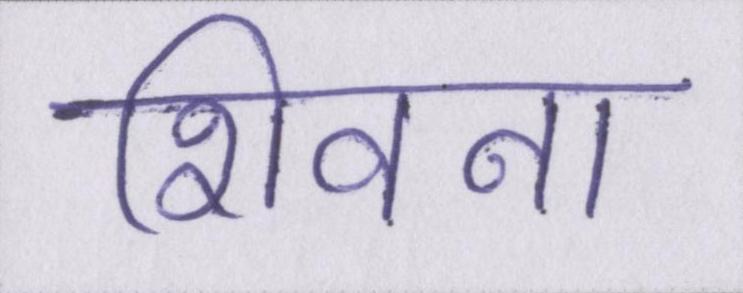
शिवना